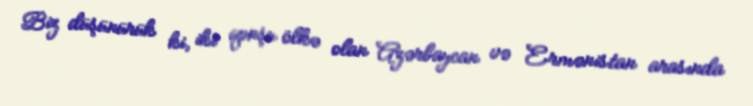
Biz düşünürük ki, iki qonşu ölkə olan Azərbaycan və Ermənistan arasında